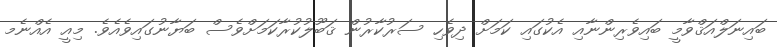
ބައިނަލްއަޤްވާމީ ބައިވެރިންނާއި އެކުގައި ކަމަށް ދިވެހި ސަރުކާރުން ޤަބޫލުކުރާކަމަށްވެސް ބަޔާނުގައިވެއެވެ. މިއީ އެއްނެމ